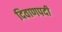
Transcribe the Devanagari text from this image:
दिवाणपदी